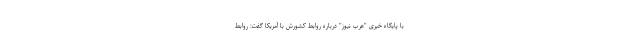
با پایگاه خبری "عرب نیوز" درباره روابط کشورش با آمریکا گفت: روابط